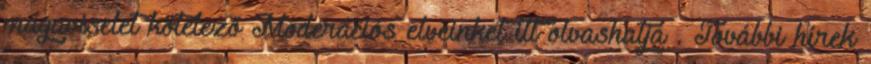
magaviselet kötelező Moderációs elveinket itt olvashatja . További hírek